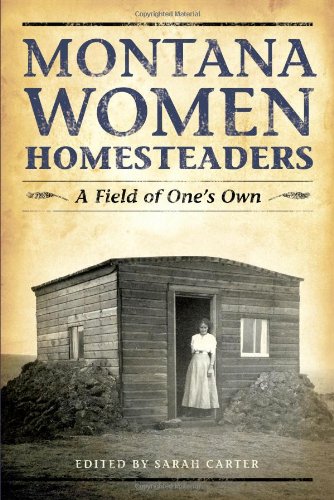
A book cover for Montana Women Homesteaders: A Field of One's Own; Sarah Carter; Politics & Social Sciences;